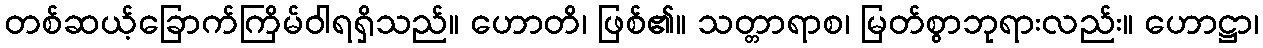
တစ်ဆယ့်ခြောက်ကြိမ်ဝါရရှိသည်။ ဟောတိ၊ ဖြစ်၏။ သတ္တာရာစ၊ မြတ်စွာဘုရားလည်း။ ဟောဋ္ဌာ၊